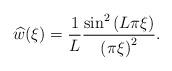
LaTeX: \begin{align*} \widehat{w}(\xi) = \frac{1}{L}\frac{\sin^2\left(L\pi \xi\right)}{\left(\pi \xi\right)^2}.\end{align*}